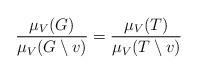
LaTeX: \begin{align*}\frac{\mu_V(G)}{\mu_V(G \setminus v)} = \frac{\mu_V(T)}{\mu_V(T \setminus v)}\end{align*}